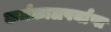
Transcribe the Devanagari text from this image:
कर्मकालपर्याप्त